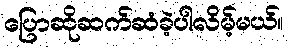
ပြောဆိုဆက်ဆံခဲ့ပါလိမ့်မယ်။